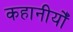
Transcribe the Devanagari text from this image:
कहानीयोँ